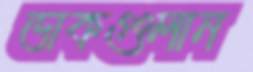
ডাকগুলান